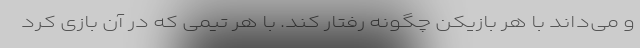
و می‌داند با هر بازیکن چگونه رفتار کند. با هر تیمی که در آن بازی کرد